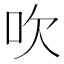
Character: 吹